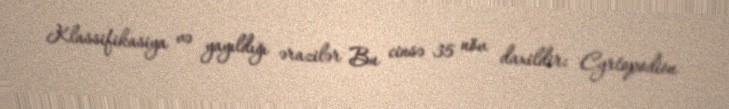
Klassifikasiya və yayıldığı ərazilər Bu cinsə 35 növ daxildir: Cyrtopodion